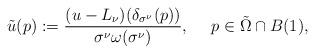
LaTeX: \begin{align*}\tilde{u}(p):=\frac{(u-L_{\nu})(\delta_{\sigma^{\nu}}(p))}{\sigma^{\nu}\omega(\sigma^{\nu})},~~~~p\in\tilde{\Omega}\cap B(1),\end{align*}